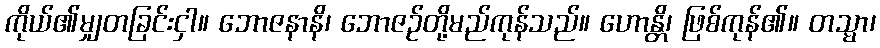
ကိုယ်၏မျှတခြင်းငှါ။ ဘောဇနာနိ၊ ဘောဇဉ်တို့မည်ကုန်သည်။ ဟောန္တိ၊ ဖြစ်ကုန်၏။ တသ္မာ၊